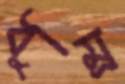
ধুম্র